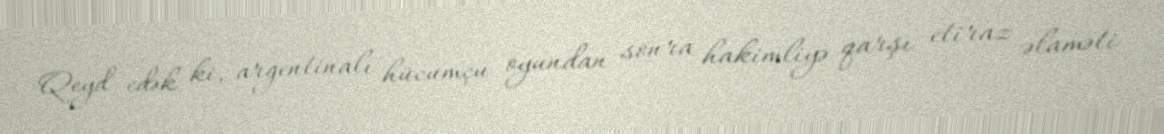
Qeyd edək ki, argentinalı hücumçu oyundan sonra hakimliyə qarşı etiraz əlaməti